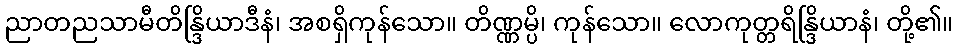
ညာတညသာမီတိန္ဒြိယာဒီနံ၊ အစရှိကုန်သော။ တိဏ္ဏမ္ပိ၊ ကုန်သော။ လောကုတ္တရိန္ဒြိယာနံ၊ တို့၏။